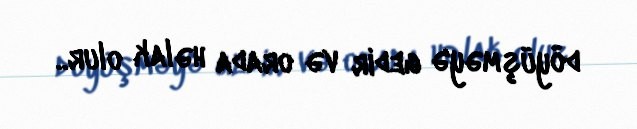
döyüşməyə gedir və orada həlak olur..